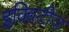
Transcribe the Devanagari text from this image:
इक्विटीज़